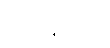
မင်းမင်းကို